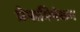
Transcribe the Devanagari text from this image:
प्रेमाभिषेकम